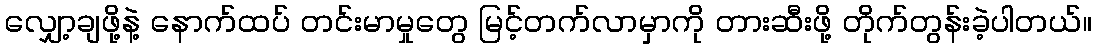
လျှော့ချဖို့နဲ့ နောက်ထပ် တင်းမာမှုတွေ မြင့်တက်လာမှာကို တားဆီးဖို့ တိုက်တွန်းခဲ့ပါတယ်။